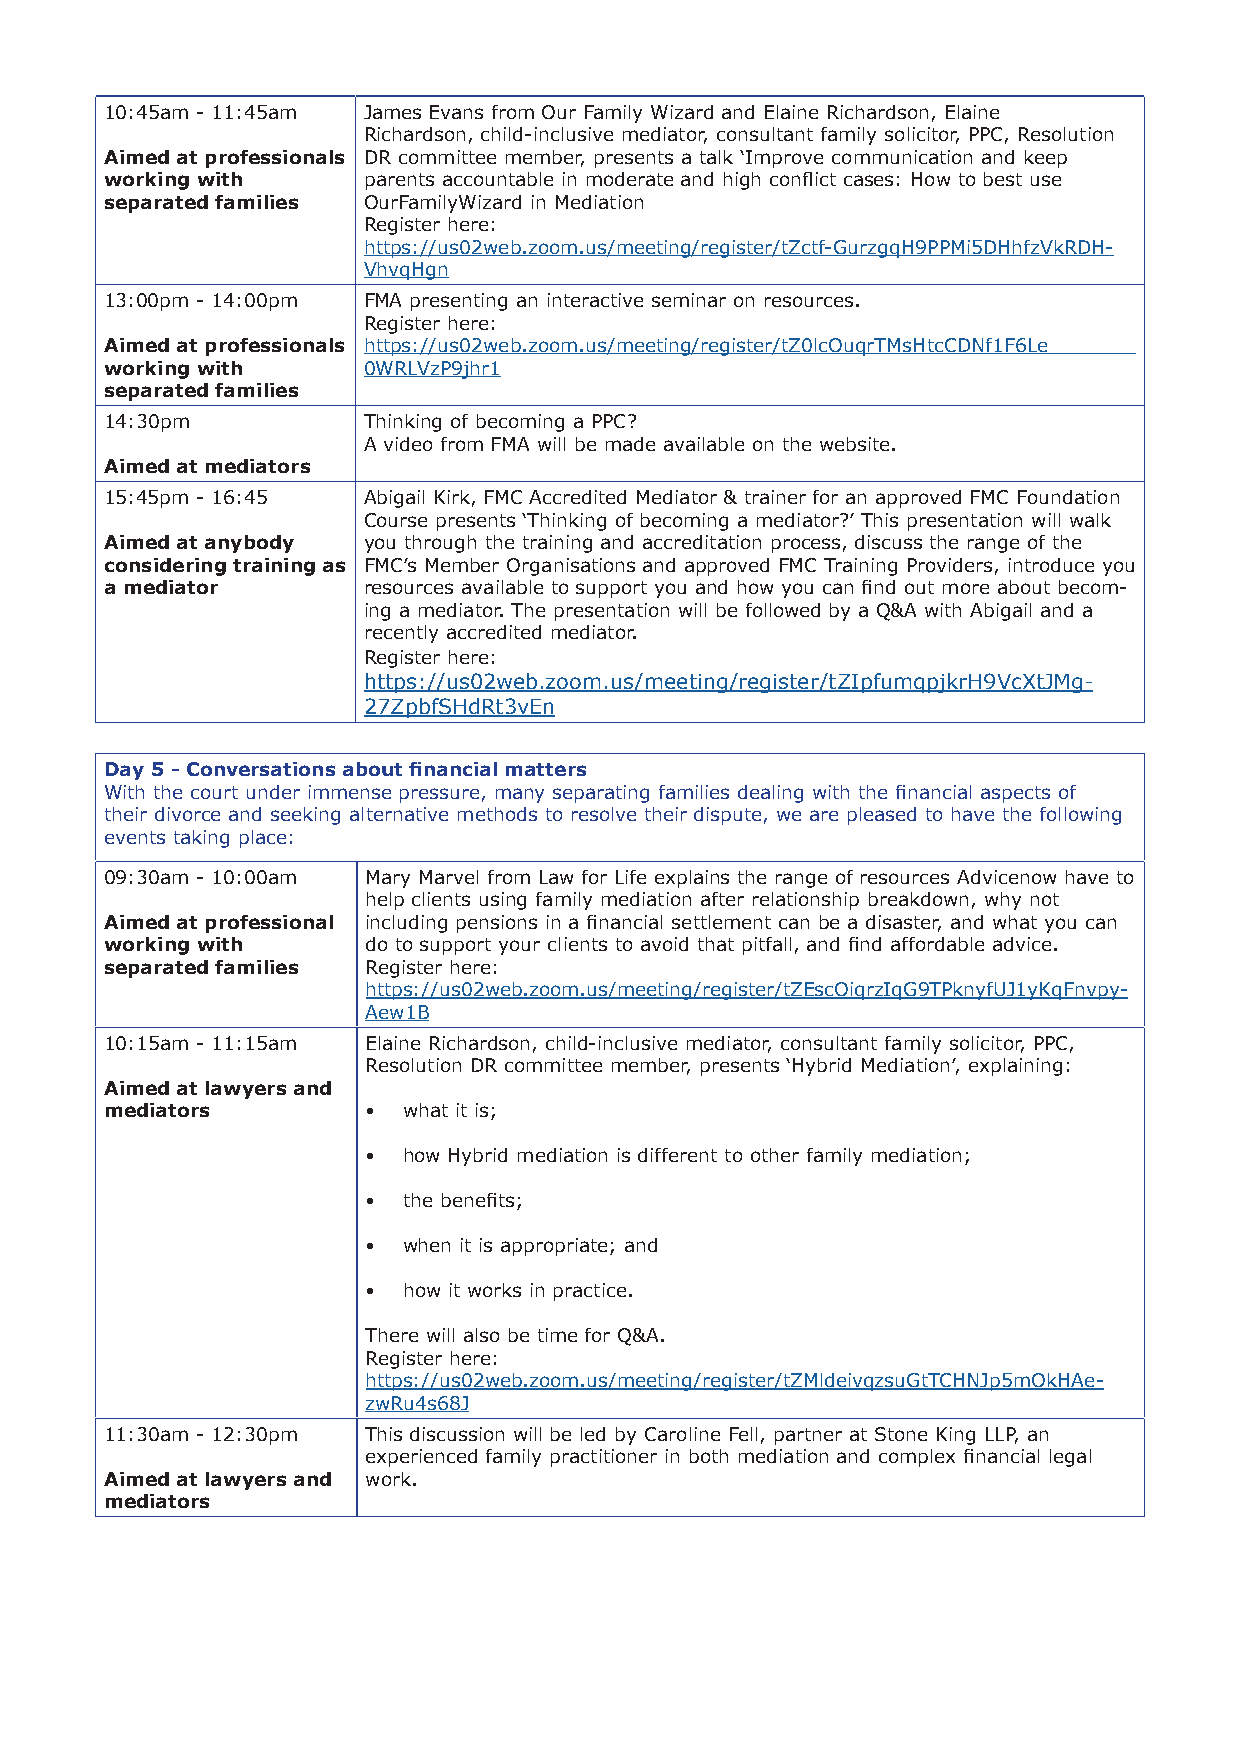
10:45am - 11:45am James Evans from Our Family Wizard and Elaine Richardson, Elaine
 Richardson, child-inclusive mediator, consultant family solicitor, PPC, Resolution
 Aimed at professionals DR committee member, presents a talk ‘Improve communication and keep
 working with     parents accountable in moderate and high conflict cases: How to best use
 separated families OurFamilyWizard in Mediation
 Register here:
 https://us02web.zoom.us/meeting/register/tZctf-GurzgqH9PPMi5DHhfzVkRDH-
 VhvqHgn
 13:00pm - 14:00pm FMA presenting an interactive seminar on resources.
 Register here:
 Aimed at professionals https://us02web.zoom.us/meeting/register/tZ0lcOuqrTMsHtcCDNf1F6Le
 working with     0WRLVzP9jhr1
 separated families
 14:30pm          Thinking of becoming a PPC?
 A video from FMA will be made available on the website.
 Aimed at mediators
 15:45pm - 16:45  Abigail Kirk, FMC Accredited Mediator & trainer for an approved FMC Foundation
 Course presents ‘Thinking of becoming a mediator?’ This presentation will walk
 Aimed at anybody you through the training and accreditation process, discuss the range of the
 considering training as FMC’s Member Organisations and approved FMC Training Providers, introduce you
 a mediator       resources available to support you and how you can find out more about becom-
 ing a mediator. The presentation will be followed by a Q&A with Abigail and a
 recently accredited mediator.
 Register here:
 https://us02web.zoom.us/meeting/register/tZIpfumqpjkrH9VcXtJMg-
 27ZpbfSHdRt3vEn
 Day 5 - Conversations about financial matters
 With the court under immense pressure, many separating families dealing with the financial aspects of
 their divorce and seeking alternative methods to resolve their dispute, we are pleased to have the following
 events taking place:
 09:30am - 10:00am Mary Marvel from Law for Life explains the range of resources Advicenow have to
 help clients using family mediation after relationship breakdown, why not
 Aimed at professional including pensions in a financial settlement can be a disaster, and what you can
 working with     do to support your clients to avoid that pitfall, and find affordable advice.
 separated families Register here:
 https://us02web.zoom.us/meeting/register/tZEscOiqrzIqG9TPknyfUJ1yKqFnvpy-
 Aew1B
 10:15am - 11:15am Elaine Richardson, child-inclusive mediator, consultant family solicitor, PPC,
 Resolution DR committee member, presents ‘Hybrid Mediation’, explaining:
 Aimed at lawyers and
 mediators        •  what it is;
 •  how Hybrid mediation is different to other family mediation;
 •  the benefits;
 •  when it is appropriate; and
 •  how it works in practice.
 There will also be time for Q&A.
 Register here:
 https://us02web.zoom.us/meeting/register/tZMldeivqzsuGtTCHNJp5mOkHAe-
 zwRu4s68J
 11:30am - 12:30pm This discussion will be led by Caroline Fell, partner at Stone King LLP, an
 experienced family practitioner in both mediation and complex financial legal
 Aimed at lawyers and work.
 mediators